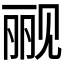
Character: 𰴗